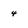
Character: 4